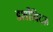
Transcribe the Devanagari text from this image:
डर्शोविट्ज़